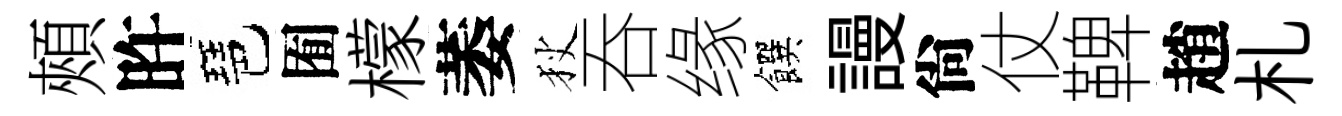
頰旿琶囿檬萎狄吞缘饌謾尙仗鞞趙札